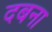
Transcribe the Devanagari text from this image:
दबना